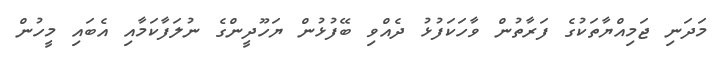
މަދަނި ޖަމިއްޔާތަކުގެ ފަރާތުން ވާހަކަފުޅު ދެއްވި ބޭފުޅުން ޔަހޫދީންގެ ނުލަފާކަމާއި އެބައި މީހުން